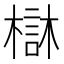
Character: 㯎